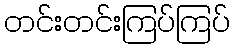
တင်းတင်းကြပ်ကြပ်